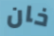
خان